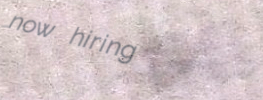
now hiring